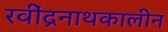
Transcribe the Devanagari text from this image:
रवींद्रनाथकालीन